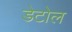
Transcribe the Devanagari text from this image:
डेटोल